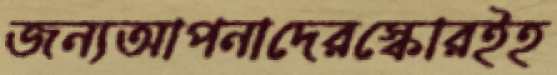
জন্যআপনাদেরস্কোরইহ